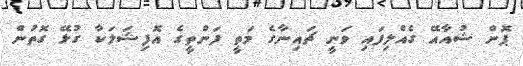
ޕޮން ޝުއާއޭ ގެއްލިފައި ވަނީ ޗައިނާގެ މަތީ ފަންތީގެ އޮފިޝަލަކާ ގުޅޭ ގޮތުން